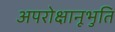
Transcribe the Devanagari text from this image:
अपरोक्षानूभुति